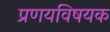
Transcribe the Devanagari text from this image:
प्रणयविषयक